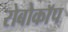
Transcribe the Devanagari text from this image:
रोबोकाॅप